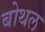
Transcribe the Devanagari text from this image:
बोथल